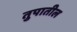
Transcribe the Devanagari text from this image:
तुपातील